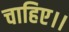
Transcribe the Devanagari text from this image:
चाहिए।।